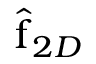
\hat { \boldsymbol { \mathrm { f } } } _ { 2 D }